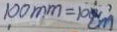
1 0 0 m m = 1 0 c m ,